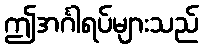
ဤအင်္ဂါရပ်များသည်